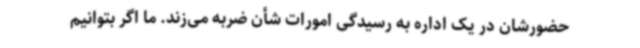
حضورشان در یک اداره به رسیدگی امورات شأن ضربه می‌زند. ما اگر بتوانیم